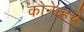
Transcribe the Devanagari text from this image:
कोनेव्हचे